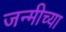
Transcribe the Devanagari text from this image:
जन्मीच्या